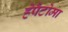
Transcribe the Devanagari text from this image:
हेपैटोमा